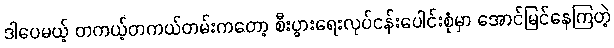
ဒါပေမယ့် တကယ့်တကယ်တမ်းကတော့ စီးပွားရေးလုပ်ငန်းပေါင်းစုံမှာ အောင်မြင်နေကြတဲ့